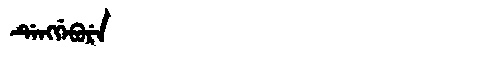
Manchu: ᡩᡝᠩᡤᡝᠪᡠᡵᡝ
Romanization: DENGGEBURE